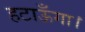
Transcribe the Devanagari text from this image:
हटाऊँगा।